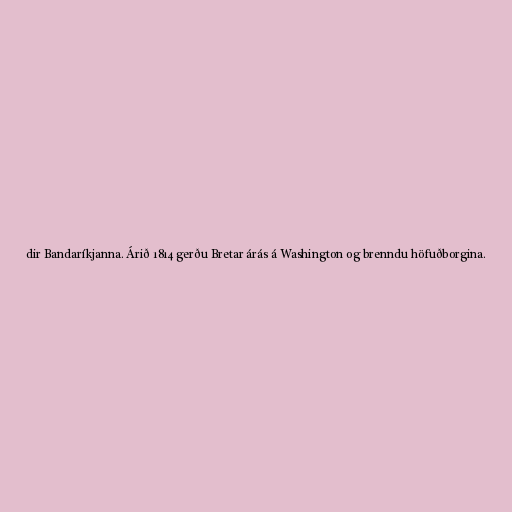
dir Bandaríkjanna. Árið 1814 gerðu Bretar árás á Washington og brenndu höfuðborgina.